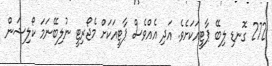
272 ގޮނޑި ލިބޭ ޕާޓީއަކަށެވެ. އަދި އެއްވެސް ޕާޓީއަކަށް މެޖޯރިޓީ ނުލިބޭނަމަ ކޯލިޝަން